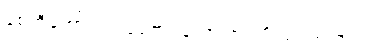
စေတီတော်အား ပူဇော်ရသော အကျိုးပြဂါထာများ။